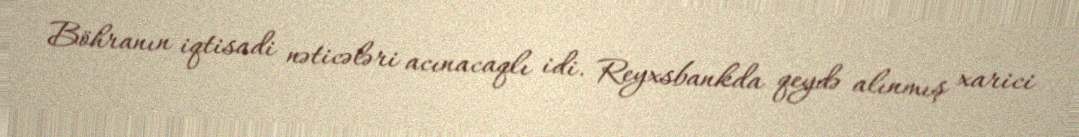
Böhranın iqtisadi nəticələri acınacaqlı idi. Reyxsbankda qeydə alınmış xarici